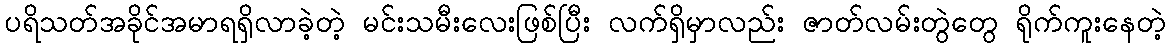
ပရိသတ်အခိုင်အမာရရှိလာခဲ့တဲ့ မင်းသမီးလေးဖြစ်ပြီး လက်ရှိမှာလည်း ဇာတ်လမ်းတွဲတွေ ရိုက်ကူးနေတဲ့